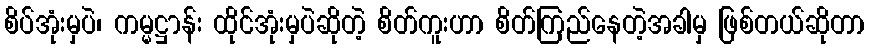
စိပ်အုံးမှပဲ၊ ကမ္မဋ္ဌာန်း ထိုင်အုံးမှပဲဆိုတဲ့ စိတ်ကူးဟာ စိတ်ကြည်နေတဲ့အခါမှ ဖြစ်တယ်ဆိုတာ